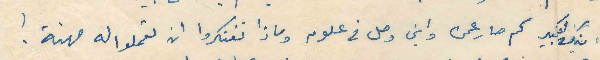
ابنك الكبير كم صار عمره واين وصل في علومه وماذا تفتكروا ان تعملوا له مهنة!